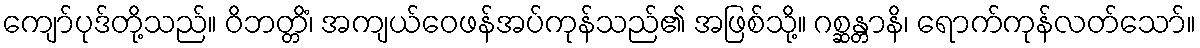
ကျော်ပုဒ်တို့သည်။ ဝိဘတ္တိံ၊ အကျယ်ဝေဖန်အပ်ကုန်သည်၏ အဖြစ်သို့။ ဂစ္ဆန္တာနိ၊ ရောက်ကုန်လတ်သော်။